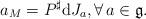
LaTeX: \begin{gather*}a_{M}=P^{\sharp}\mathrm{d}J_{a},\forall\, a\in\mathfrak{g}.\end{gather*}